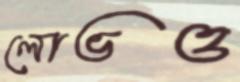
লোভও